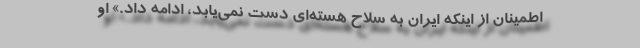
اطمینان از اینکه ایران به سلاح هسته‌ای دست نمی‌یابد، ادامه داد.» او